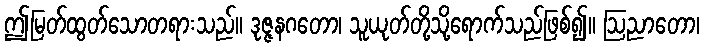
ဤမြတ်ထွတ်သောတရားသည်။ ဒုဇ္ဇနဂတော၊ သူယုတ်တို့သို့ရောက်သည်ဖြစ်၍။ ဩညာတော၊